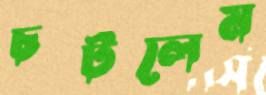
চটলেম